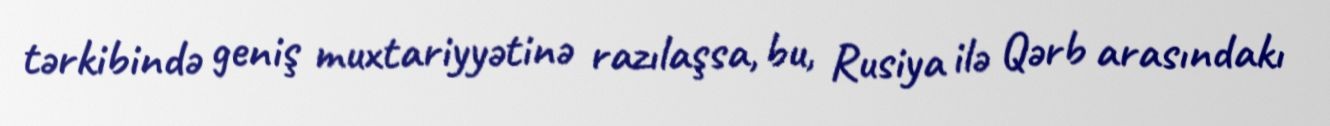
tərkibində geniş muxtariyyətinə razılaşsa, bu, Rusiya ilə Qərb arasındakı